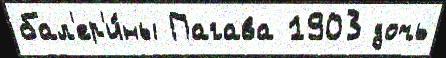
бал'ер'и́ны Пагава 1903 дочь